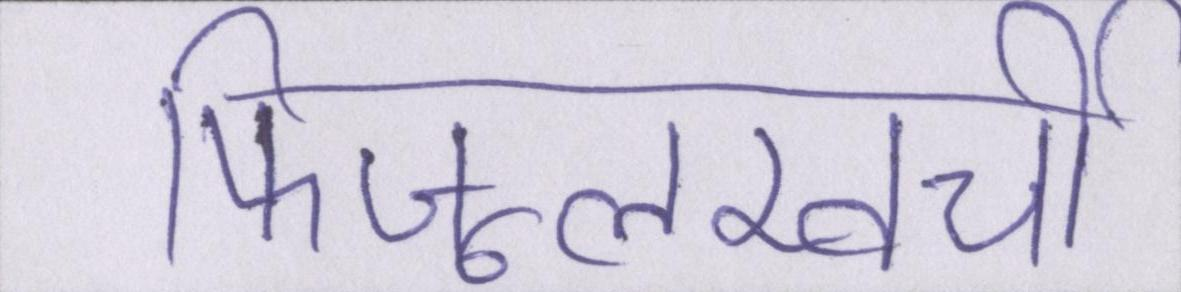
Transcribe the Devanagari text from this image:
फिजूलखर्ची